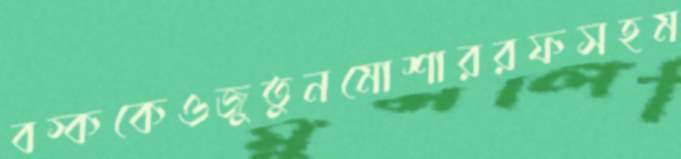
বস্ককেওজুতুনমোশাররফসহম